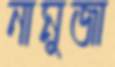
নামুজা